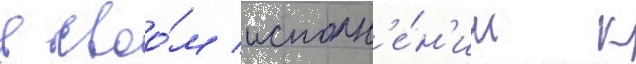
в своо́м исполн'е́н'ии к